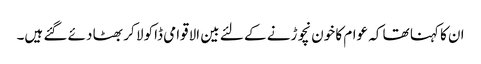
ان کا کہنا تھا کہ عوام کا خون نچوڑنے کے لئے بین الاقوامی ڈاکو لا کر بھٹا دئے گئے ہیں۔